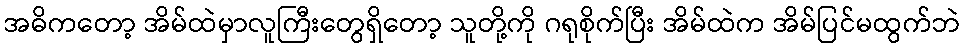
အဓိကတော့ အိမ်ထဲမှာလူကြီးတွေရှိတော့ သူတို့ကို ဂရုစိုက်ပြီး အိမ်ထဲက အိမ်ပြင်မထွက်ဘဲ